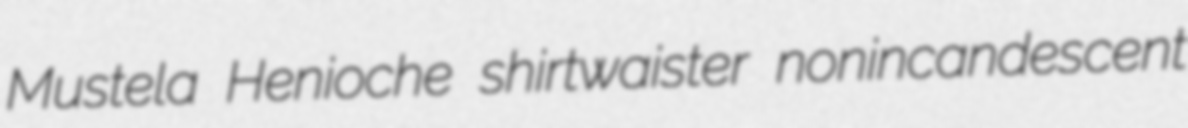
Mustela Henioche shirtwaister nonincandescent